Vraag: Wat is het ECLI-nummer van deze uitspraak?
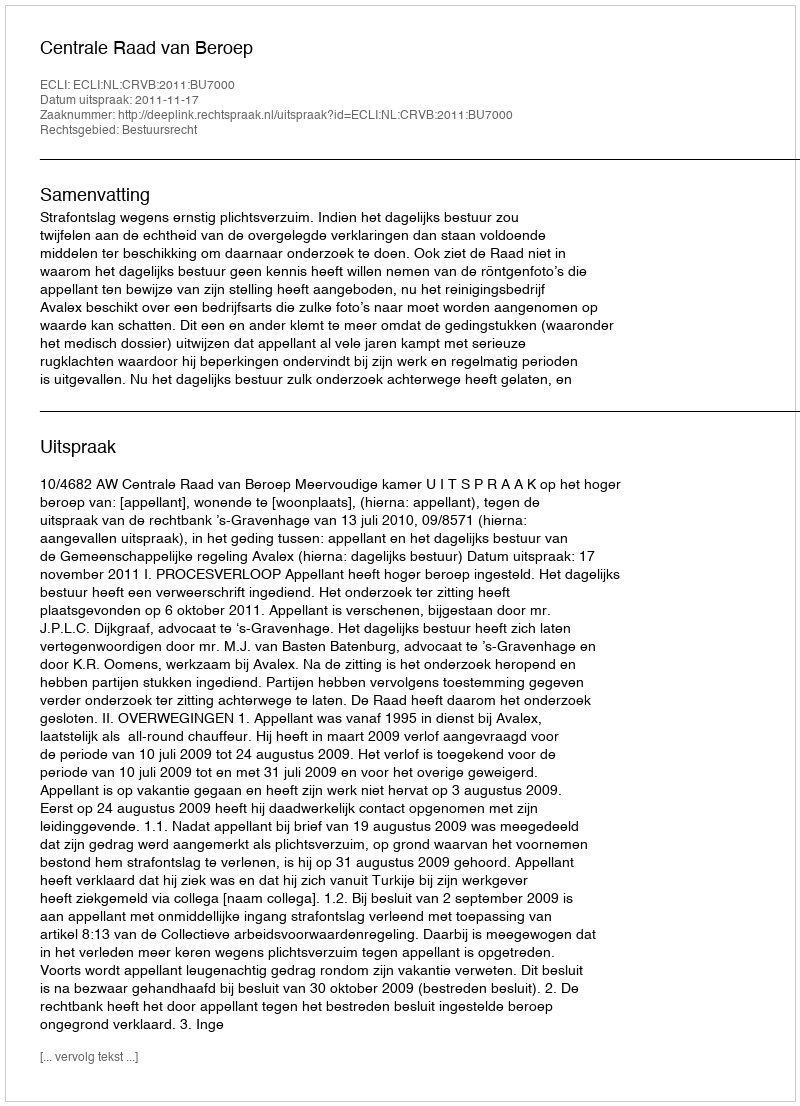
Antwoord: ECLI:NL:CRVB:2011:BU7000